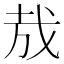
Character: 㦲